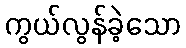
ကွယ်လွန်ခဲ့သော